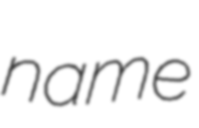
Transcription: name